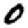
Digit: 0